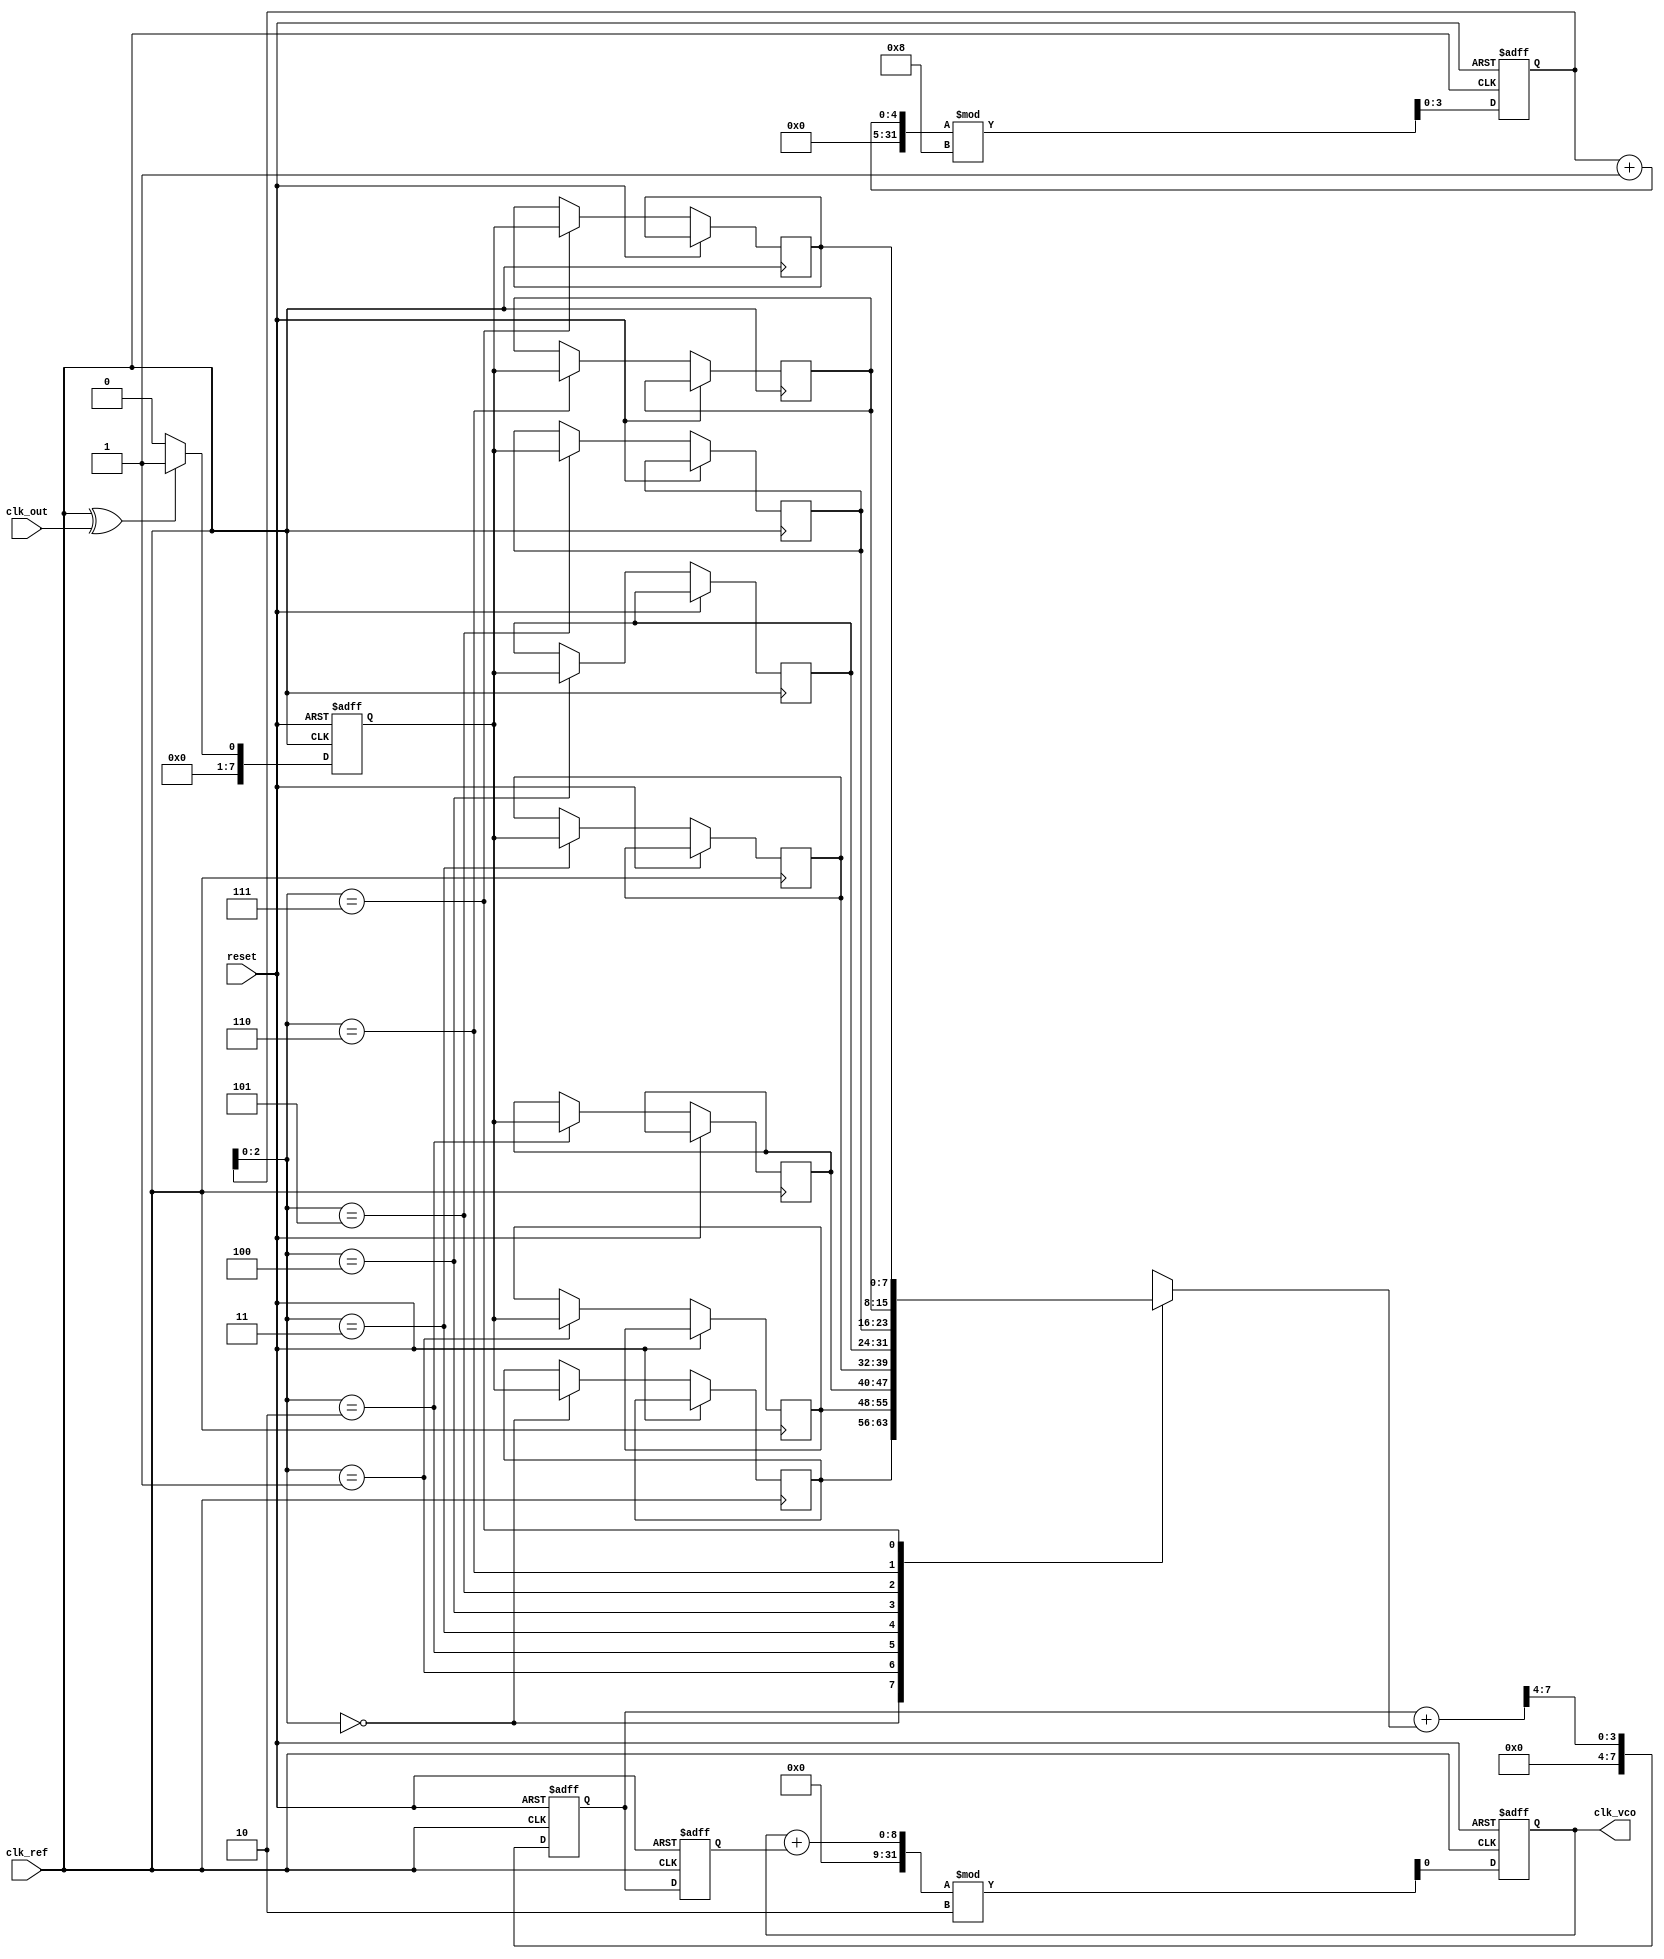
module PLL (
    input wire clk_ref,          // Reference clock input
    input wire clk_out,          // Output clock signal
    input wire reset,            // Reset signal
    output reg clk_vco           // VCO output clock
);

    // Parameters
    parameter MEMORY_SIZE = 8;   // Size of the memory block
    parameter FILTER_COEFF = 4;   // Loop filter coefficient

    // Internal signals
    reg [MEMORY_SIZE-1:0] phase_error_memory [0:MEMORY_SIZE-1]; // Memory for phase errors
    reg [MEMORY_SIZE-1:0] phase_error; // Current phase error
    reg [7:0] control_voltage; // Control voltage for VCO
    reg [7:0] vco_frequency; // VCO frequency control
    reg [3:0] memory_index; // Memory index for storing phase errors

    // Phase Detector (PD)
    always @(posedge clk_ref or posedge reset) begin
        if (reset) begin
            phase_error <= 0;
        end else begin
            // Simple phase detection logic (XOR for example)
            phase_error <= (clk_ref ^ clk_out) ? 1 : 0; // Phase error signal
        end
    end

    // Loop Filter (LF)
    always @(posedge clk_ref or posedge reset) begin
        if (reset) begin
            control_voltage <= 0;
            memory_index <= 0;
        end else begin
            // Store phase error in memory
            phase_error_memory[memory_index] <= phase_error;
            memory_index <= (memory_index + 1) % MEMORY_SIZE; // Circular buffer

            // Simple low-pass filter implementation
            control_voltage <= (control_voltage + phase_error_memory[memory_index]) >> FILTER_COEFF;
        end
    end

    // Voltage-Controlled Oscillator (VCO)
    always @(posedge clk_ref or posedge reset) begin
        if (reset) begin
            clk_vco <= 0;
            vco_frequency <= 0;
        end else begin
            // Adjust VCO frequency based on control voltage
            vco_frequency <= control_voltage; // Simplified frequency control
            clk_vco <= (clk_vco + vco_frequency) % 2; // Generate output clock
        end
    end

endmodule